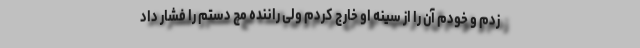
زدم و خودم آن را از سینه او خارج کردم ولی راننده مچ دستم را فشار داد